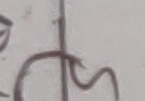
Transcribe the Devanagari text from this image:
छ।